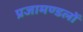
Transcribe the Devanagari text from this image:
प्रजामण्डलों